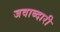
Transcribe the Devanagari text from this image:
जवाब्दारी